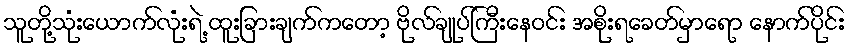
သူတို့သုံးယောက်လုံးရဲ့ ထူးခြားချက်ကတော့ ဗိုလ်ချုပ်ကြီးနေဝင်း အစိုးရခေတ်မှာရော နောက်ပိုင်း